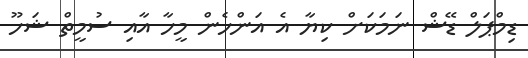
ޑިމްޕަލް ޑޭޝް ނަމަކަށް ކިޔާ އެ އަންހެން މީހާ އާއި ސުމީތް ޝަހޫ